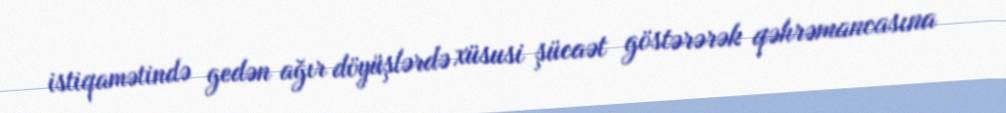
istiqamətində gedən ağır döyüşlərdə xüsusi şücaət göstərərək qəhrəmancasına